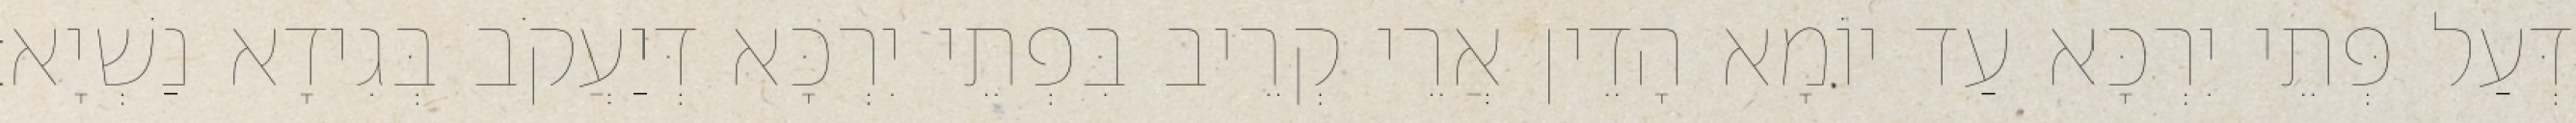
דְּעַל פְּתֵי יִרְכָּא עַד יוֹמָא הָדֵין אֲרֵי קְרֵיב בִּפְתֵי יִרְכָּא דְּיַעֲקֹב בְּגִידָא נַשְׁיָא׃